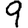
Digit: 9